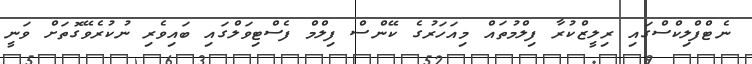
ނެޓްފްލިކްސްގައި ރިލީޒްކުރާ ފިލްމުތައް މިއަހަރުގެ ކޭންސް ފިލްމް ފެސްޓިވަލްގައި ބައިވެރި ނުކުރެވޭގޮތަށް ވަނީ